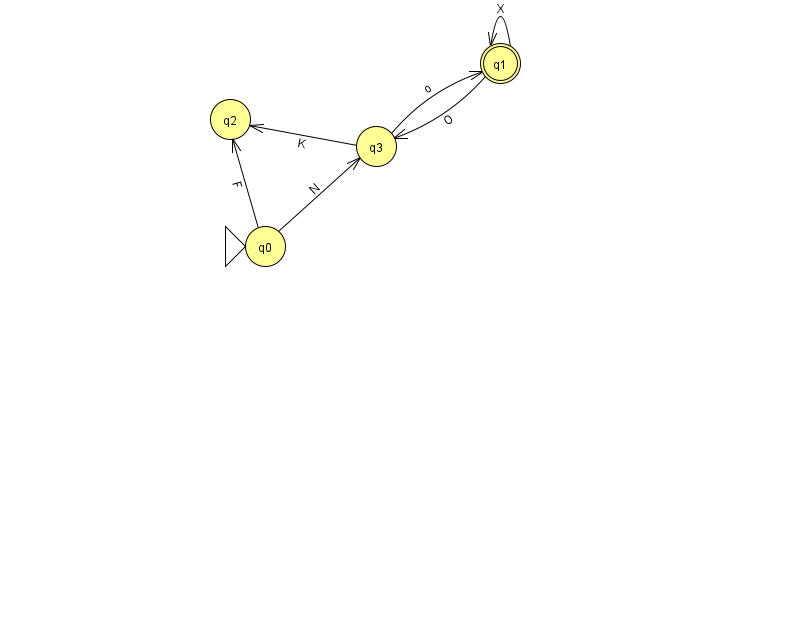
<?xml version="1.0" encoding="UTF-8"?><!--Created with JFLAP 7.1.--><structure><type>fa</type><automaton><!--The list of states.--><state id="0" name="q0"><x>265.0</x><y>233.0</y><initial/></state><state id="1" name="q1"><x>500.0</x><y>50.0</y><final/></state><state id="2" name="q2"><x>230.0</x><y>106.0</y></state><state id="3" name="q3"><x>376.0</x><y>133.0</y></state><!--The list of transitions.--><transition><from>0</from><to>2</to><read>F</read></transition><transition><from>1</from><to>3</to><read>O</read></transition><transition><from>3</from><to>1</to><read>o</read></transition><transition><from>1</from><to>1</to><read>X</read></transition><transition><from>0</from><to>3</to><read>N</read></transition><transition><from>3</from><to>2</to><read>K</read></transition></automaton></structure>